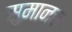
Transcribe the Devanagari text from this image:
सुमानस